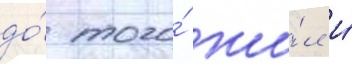
до́ того́ жи́л и́